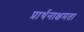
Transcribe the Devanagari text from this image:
प्रार्थनाक्षमता